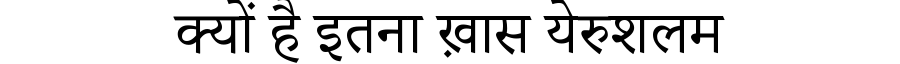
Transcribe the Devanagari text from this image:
क्यों है इतना ख़ास येरुशलम